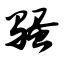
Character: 骚